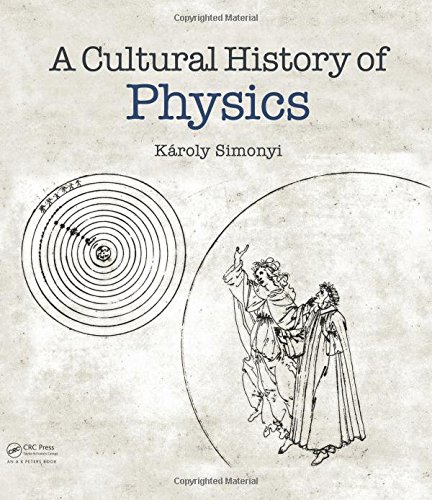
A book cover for A Cultural History of Physics; KÃ¡roly Simonyi; Humor & Entertainment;